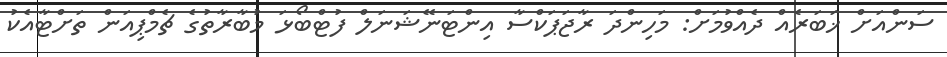
ސަންއަށް ޚަބަރެއް ދެއްވުމަށް: މަހިންދަ ރާޖަޕަކްސާ އިންޓަނޭޝަނަލް ފުޓްބޯޅަ މުބާރާތުގެ ޗެމްޕިއަން ތަށްޓާއެކު